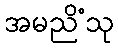
အမညိံသု